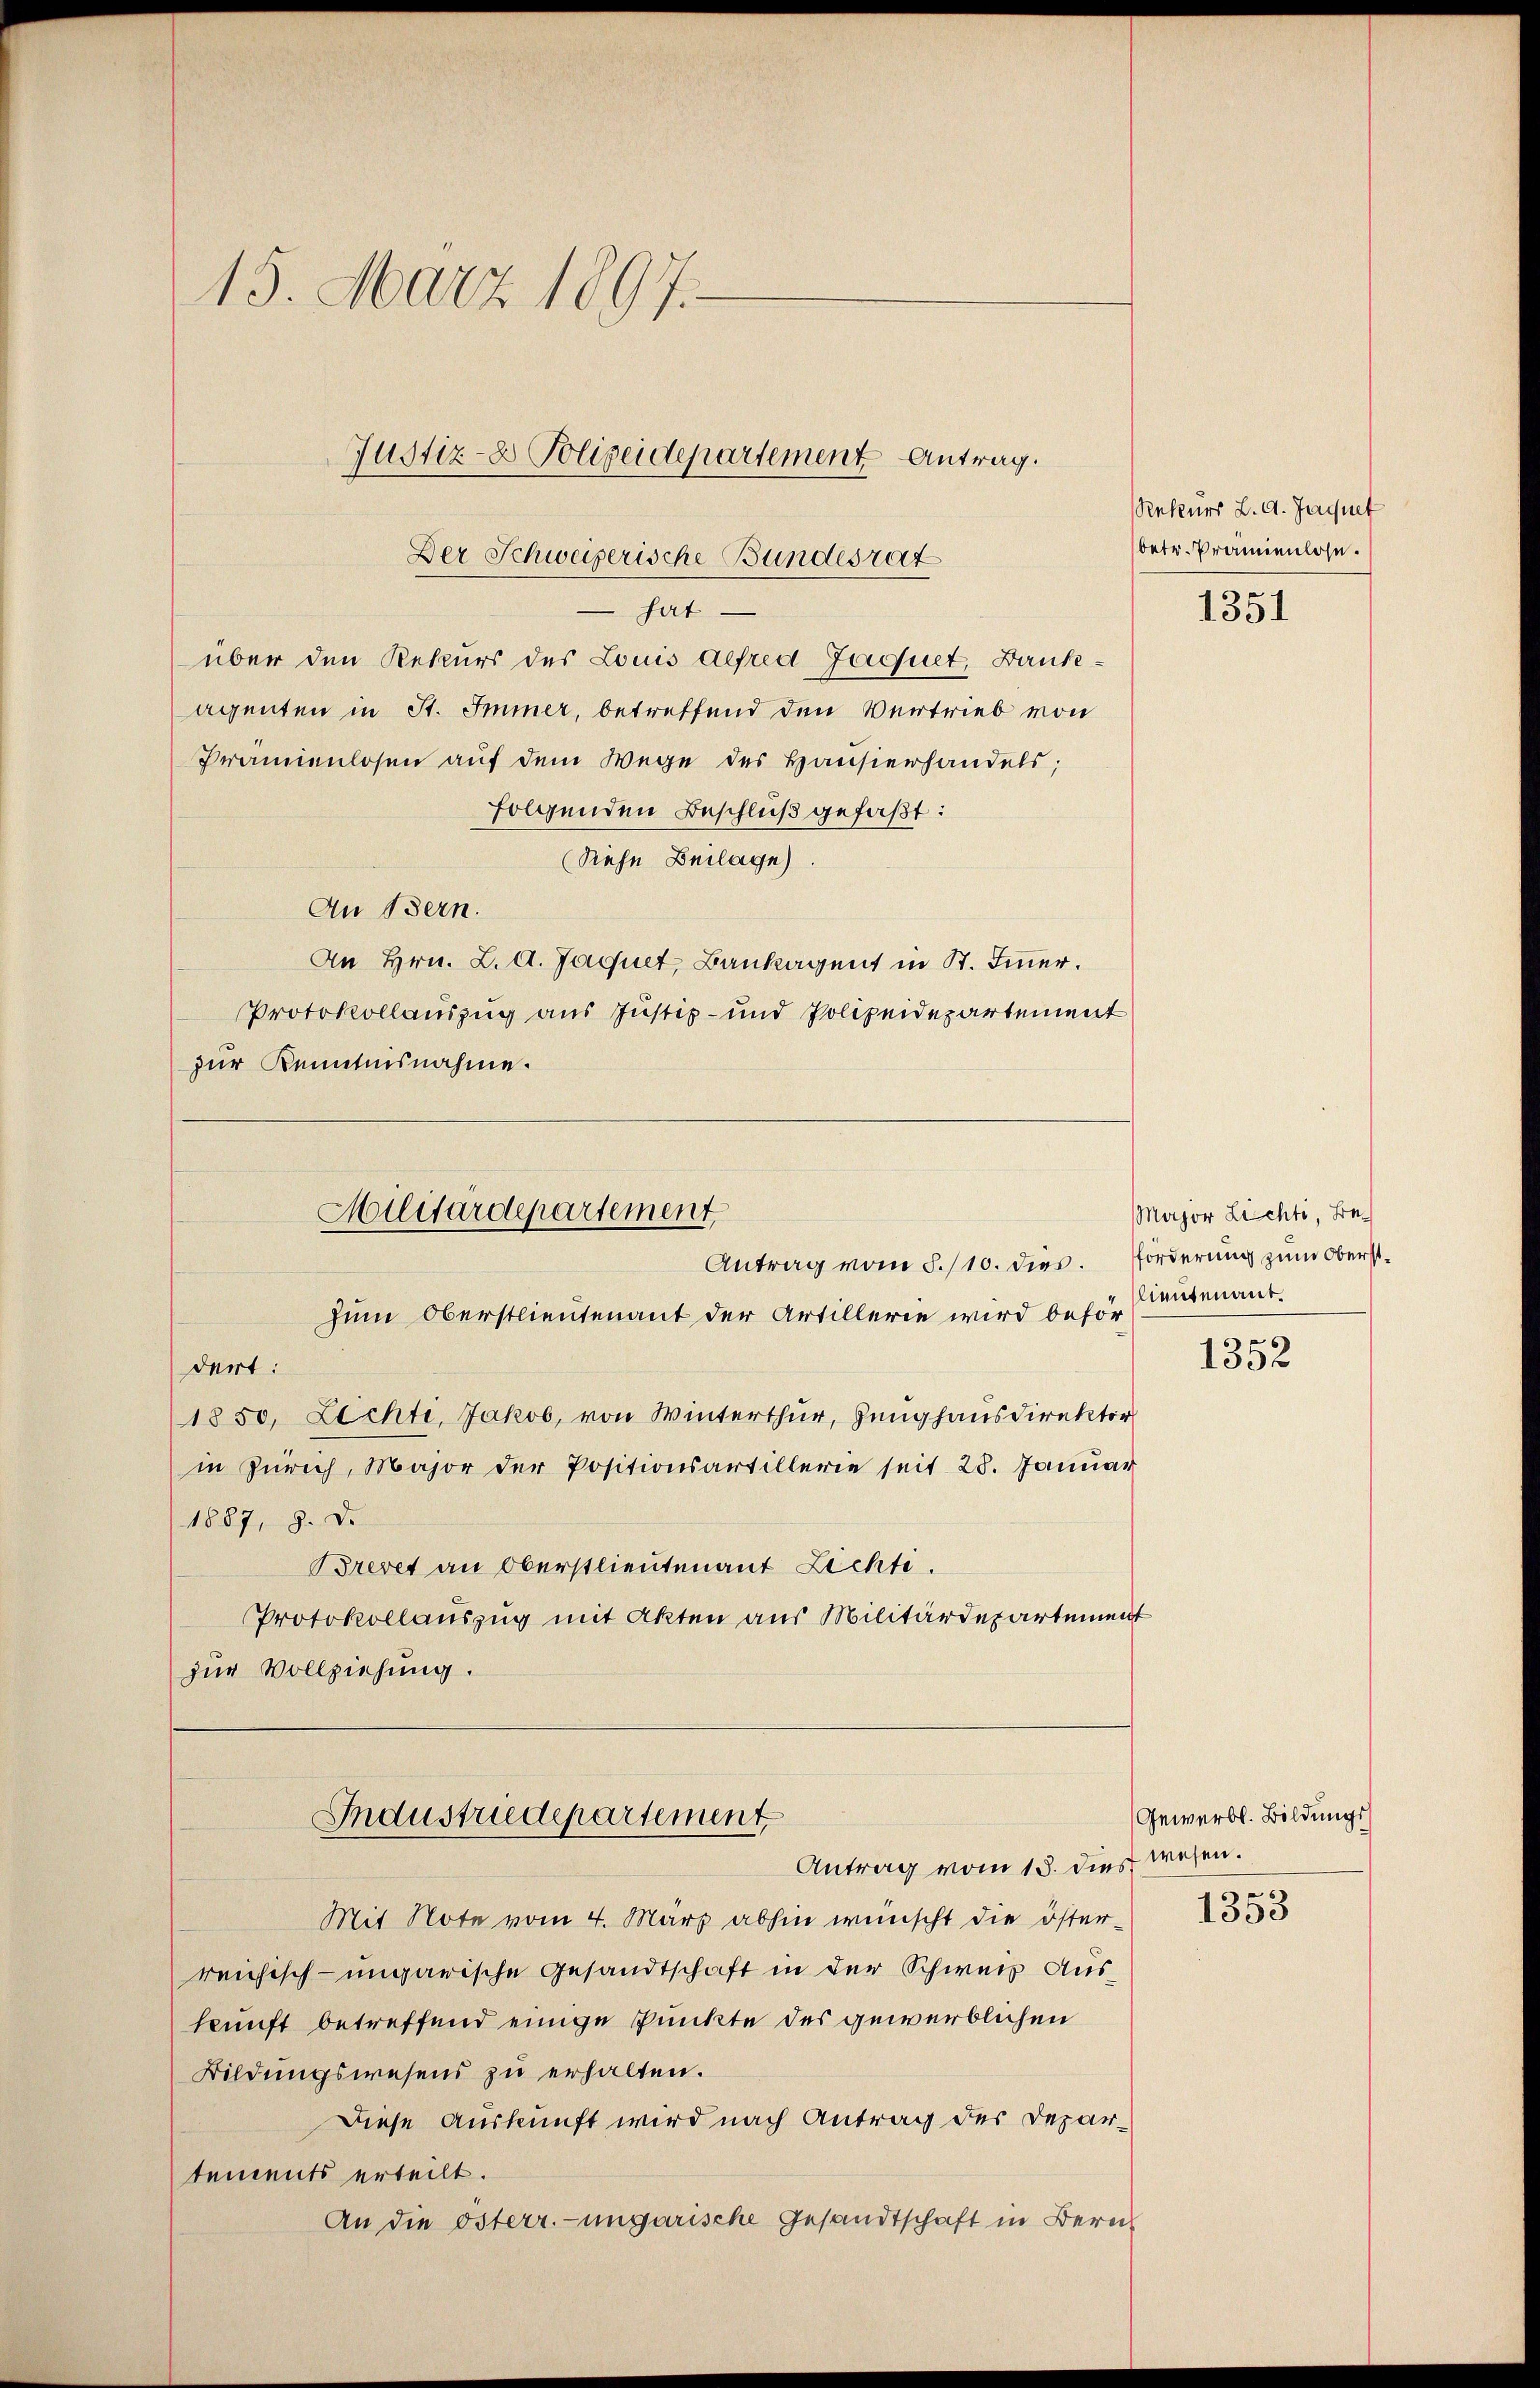
15. März 1897.
Justiz- & Polizeidepartement Antrag.

Der Schweizerische Bundesrat
 hat
über den Rekurs des Louis defred Jaquet, Bankeagenten in St. Immer, betreffend den Vertrieb von
Prämienlosen auf dem Wege des Hansierhandels;
folgenden Beschluß gefaßt:
Rehn Beilage).
An Bern.
An Hrn. L. d. Jaquet, Bankagent in St. Immer.
Protokollauszug aus Justiz- und Polizeidepartement
zur Kenntnisnahme.

Militärdepartement
Antrag vom 8./10. dies. Forderung zum Oberst¬

zum Oberstlieutenant der Artillerie wird befördert:
1850, Lichte, Jakob, von Winterthur, Zeughausdirektir
in Zürich, Major der Positionsartillerie seit 28. Januar
1887, 9. Dr.
Brevet an Oberstlieutenant Lichti
Protokollauszug mit Akten aus Militärdepartement
zur Vollziehung.

Mit Note vom 4. März abhin wünscht die österreichisch-ungarische Gesandtschaft in der Schweiz Auskunft betreffend einige Punkte des gewerblichen
Bildungswesens zu erhalten.
Diese Auskunft wird nach Antrag des Departements erteilt.
An die österr.-ungarische Gesandtschaft in Beru¬

Industriedepartement
Antrag vom 18. dies wesen.

Rekurs L. G. Jaquet
betr. Prämienlose.

1351

Major Lichti Belieutenant.

1352

Gewerbl. Bildungs

1353